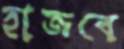
হাজবে